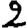
Digit: 2